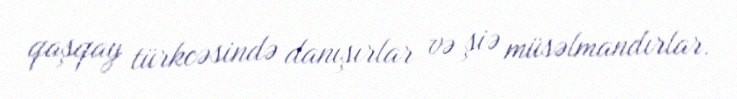
qaşqay türkcəsində danışırlar və şiə müsəlmandırlar.